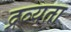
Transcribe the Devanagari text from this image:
द्रव्यता